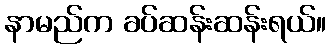
နာမည်က ခပ်ဆန်းဆန်းရယ်။